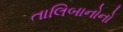
તાલિબાનોનો